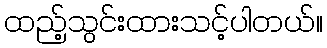
ထည့်သွင်းထားသင့်ပါတယ်။